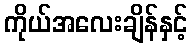
ကိုယ်အလေးချိန်နှင့်